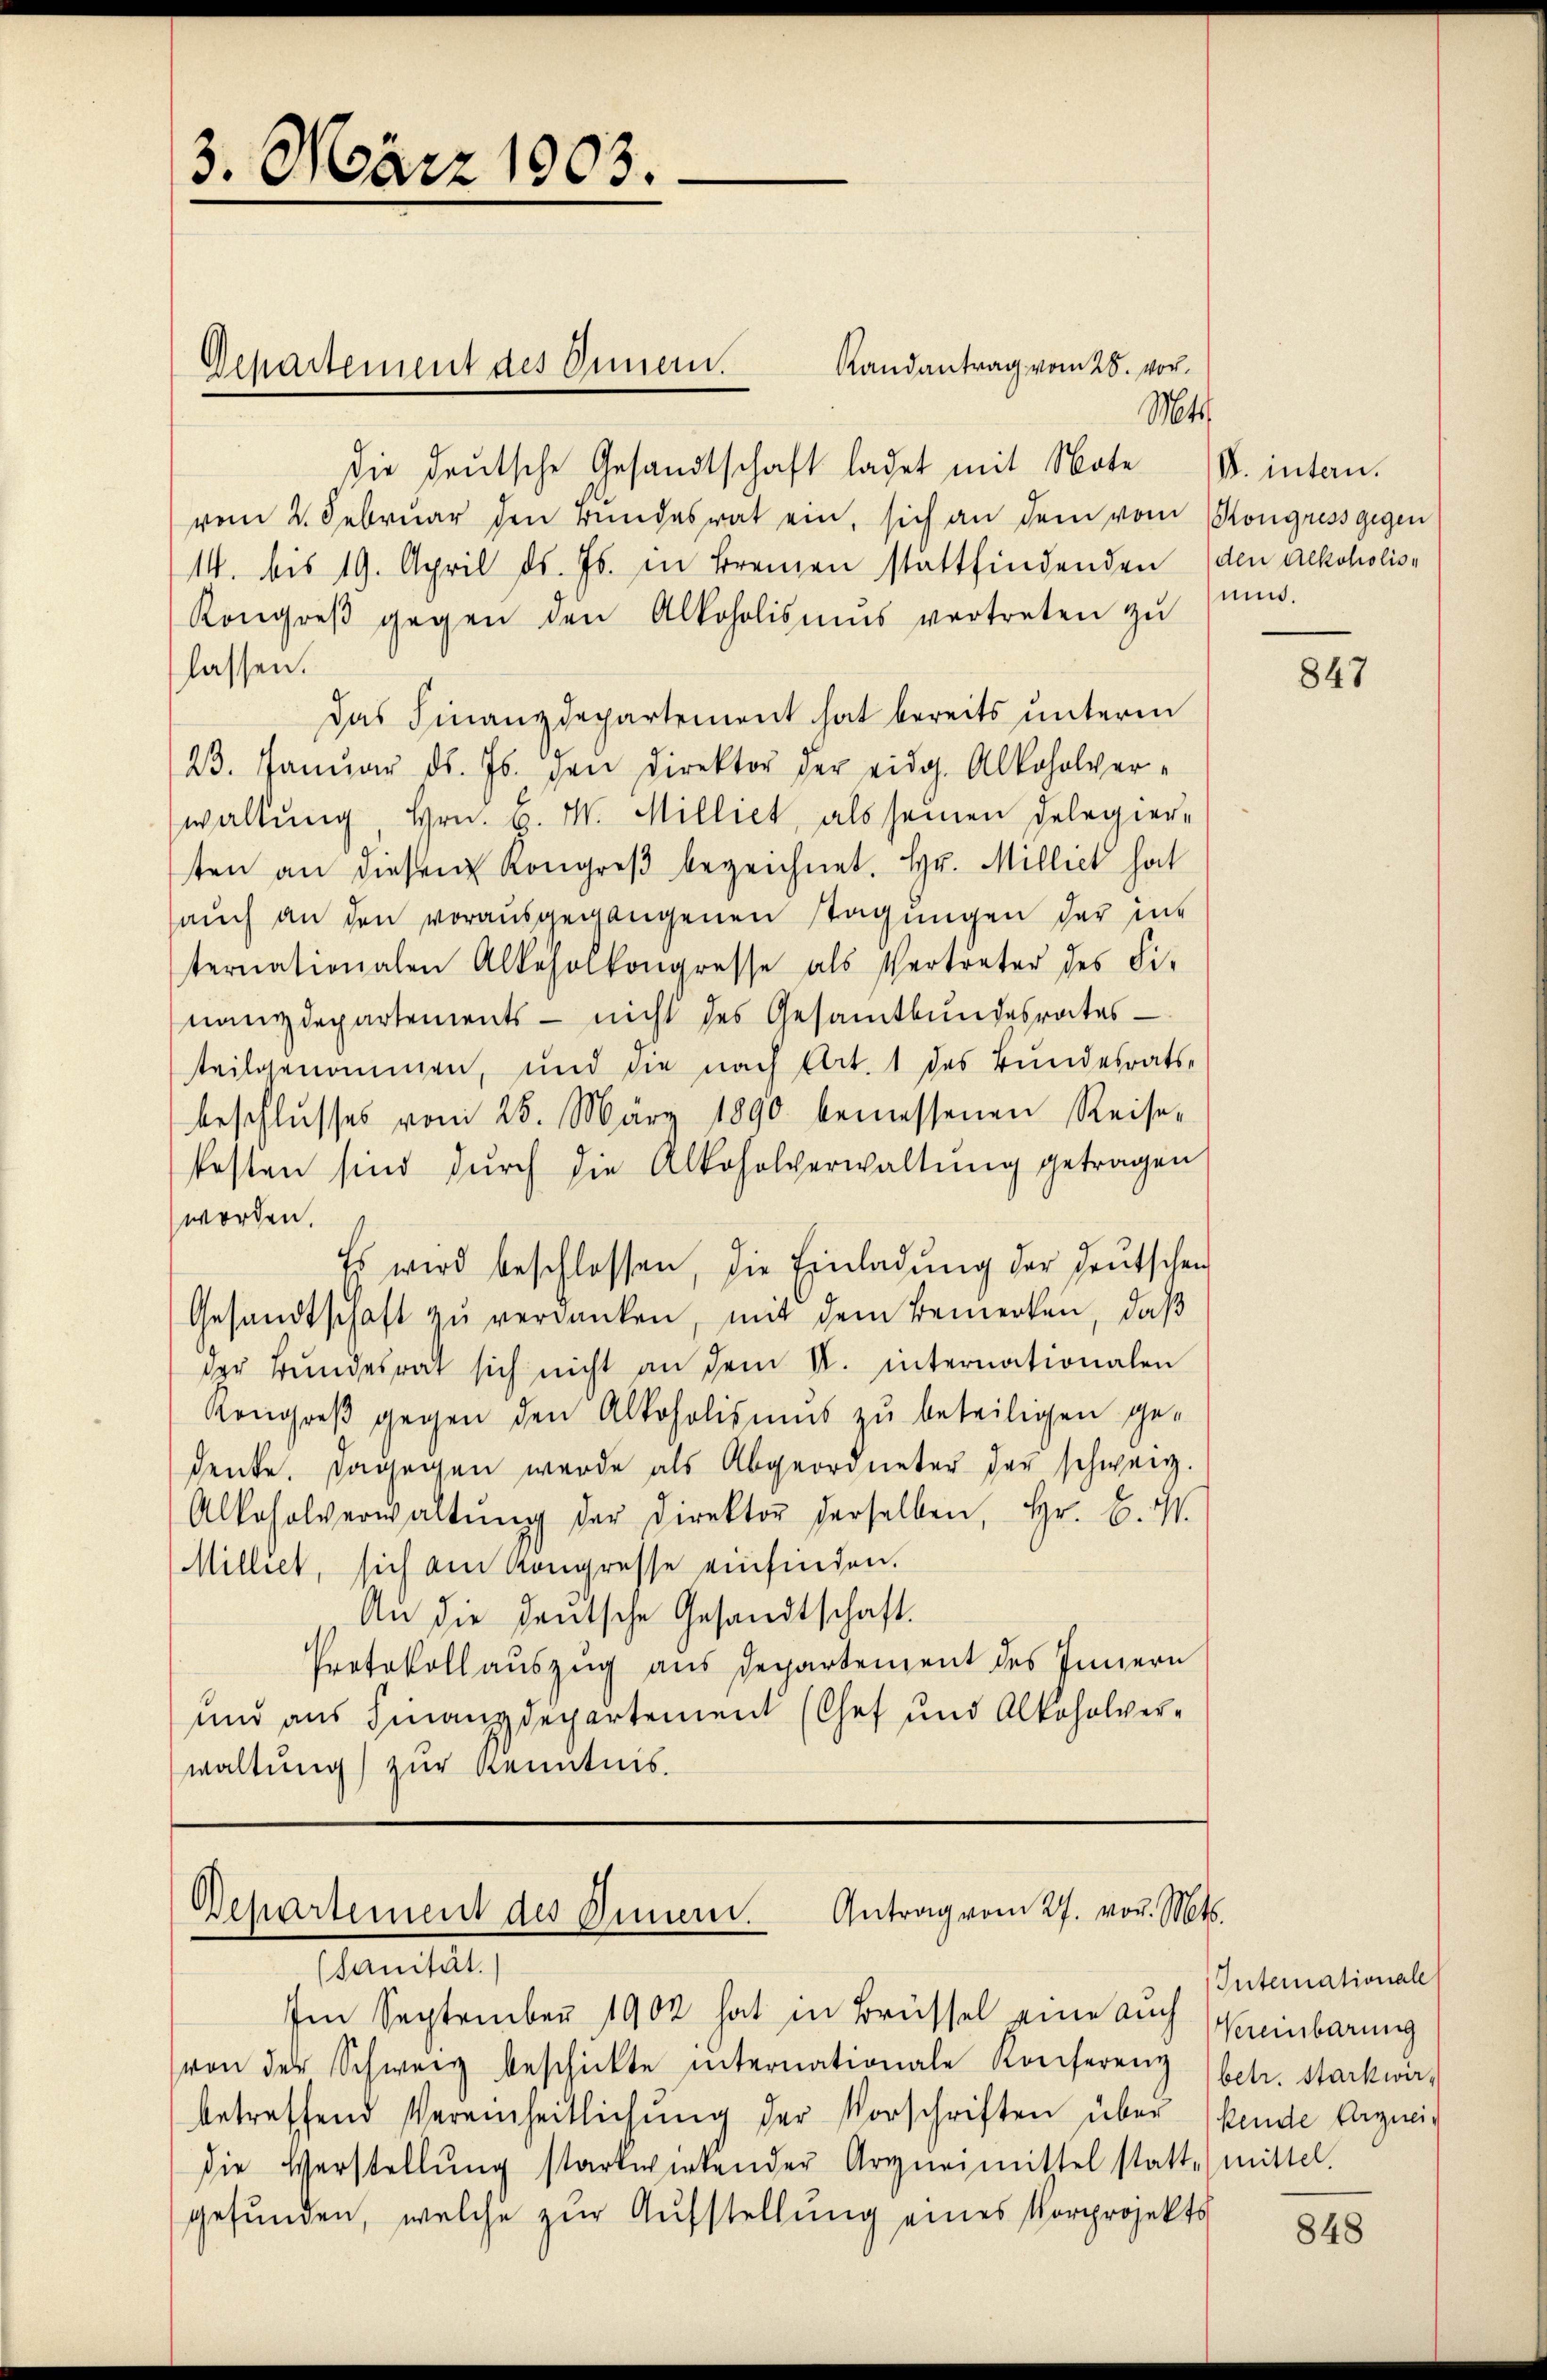
3. März 1803.

Randantrag vom 28. vor¬
Die deutsche Gesandtschaft ladet mit Note (d. intan.
vom 2. Februar den Bundesrat ein, sich an dem vom Kongress gegen
14. bis 19. April ds. Js. in Bremen stattfindenden (den Alkoholis¬
Kongreβ gegen den Alkoholismus vertreten zŭ
lassen.
Das Finanzdepartement hat bereits unterm
23. Janŭar d. Js. gen Direktor der eidg. Alkoholver-
waltung, Hrn. B. M. Milliet, als seinen Delegiere
sten an diesem Kongreβ bezeichnet. Hr. Milliet hat
auch an den vorausgegangenen Stagungen der in
ternationalen Alkoholkongresse als Vertreter des Fi-
nanzdepartements - nicht des Gesamtbundesrates
teilgenommen, und die nach Art. 1 des Bundesratsbeschlŭsses vom 28. März 1890 bemessenen Reise-
festen sind durch die Alkoholverwaltŭng getragen
worden.
Es wird beschlossen, die Einladŭng der deutschen
Gesandtschaft zŭ verdanken, mit dem Bemerken, daß
der Bundesrat sich nicht an dem V. internationalen
Kongreβ gegen den Alkoholismus zu beteiligen ge-
denke. Dagegen werde als Abgeordneter der schweiz.
Alkoholverwaltŭng der Direktor derselben, Hr. B. I.
Milliet, sich am Kongresse einfinden.
An die Deutsche Gesandtschaft.
Protokollauszug aus Departement des Innern
und aus Finanzdepartement (Chef und Alkoholverwaltung) zur Kenntnis.

Departement des Innern.

Departement des Innern. Antrag vom 27. vor. Mts.
(sanität.

Mt.

Ien September 1902 hat in Brüssel eine auch
von der Schwarz beschickte internationale Konferenz betr. starkwa
betreffend Vereinheitlichŭng der Vorschriften über
die Verstellŭng startwirkender Arzneimittel statt mittel.
gefunden, welche zur Aufstellung eines Vorprojekts

und.

847

Intemationale
Vereinbarung
kende Vergnei¬

848